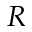
R